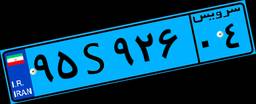
۹۵S۹۲۶۰۴